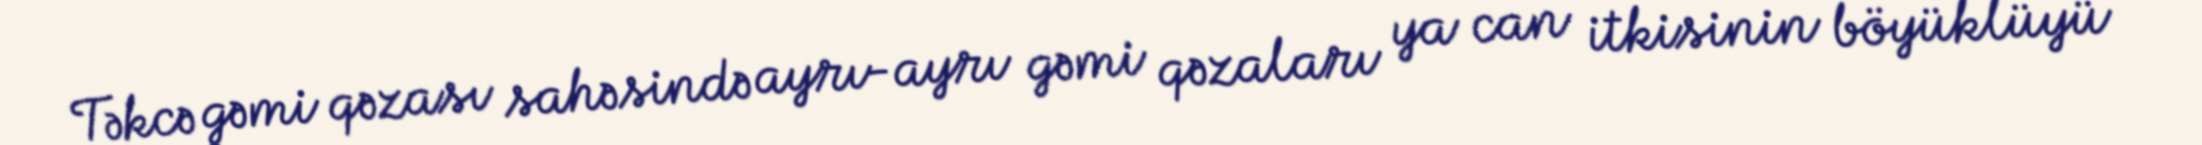
Təkcə gəmi qəzası sahəsində ayrı-ayrı gəmi qəzaları ya can itkisinin böyüklüyü